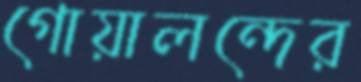
গোয়ালন্দের